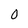
Character: 0